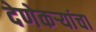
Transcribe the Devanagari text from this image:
देणेकऱ्यांचा